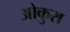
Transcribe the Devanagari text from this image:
ओकुरा